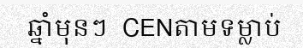
ឆ្នាំមុនៗ  CENតាមទម្លាប់